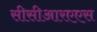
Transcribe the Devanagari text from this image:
सीसीआरएएस